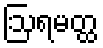
ဩရမတ္ထ